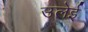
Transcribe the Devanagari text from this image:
उलेई